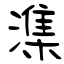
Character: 潗